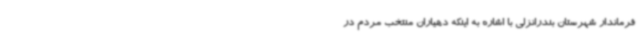
فرماندار شهرستان بندرانزلی با اشاره به اینکه دهیاران منتخب مردم در